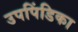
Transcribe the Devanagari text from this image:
उपपिंडिका